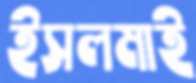
ইসলমাই